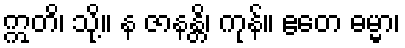
ဣတိ၊ သို့။ န ဇာနန္တိ၊ ကုန်။ ဧတေ ဓမ္မာ၊